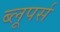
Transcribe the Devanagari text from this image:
ब्लूपर्स